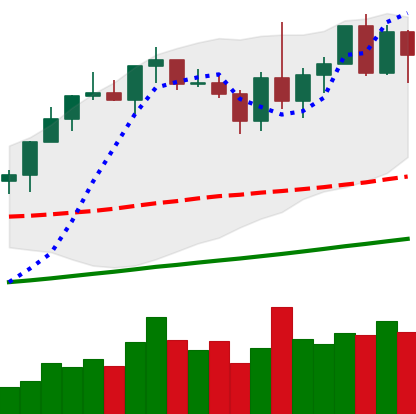
Ticker: XMR-USD
Chart end date: 2020-12-29
Forward return: -14.455%
Label: down_7plus